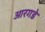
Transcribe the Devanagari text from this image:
आरगडे